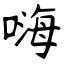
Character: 嗨